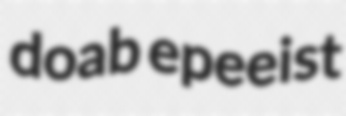
doab epeeist